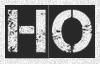
HO